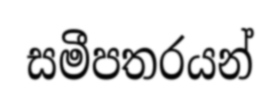
සමීපතරයන්